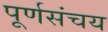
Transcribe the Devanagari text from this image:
पूर्णसंचय